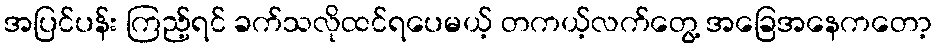
အပြင်ပန်း ကြည့်ရင် ခက်သလိုထင်ရပေမယ့် တကယ့်လက်တွေ့ အခြေအနေကတော့